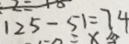
1 2 5 - 5 1 = 7 4